Report of the Hyderabad Chloroform Commission
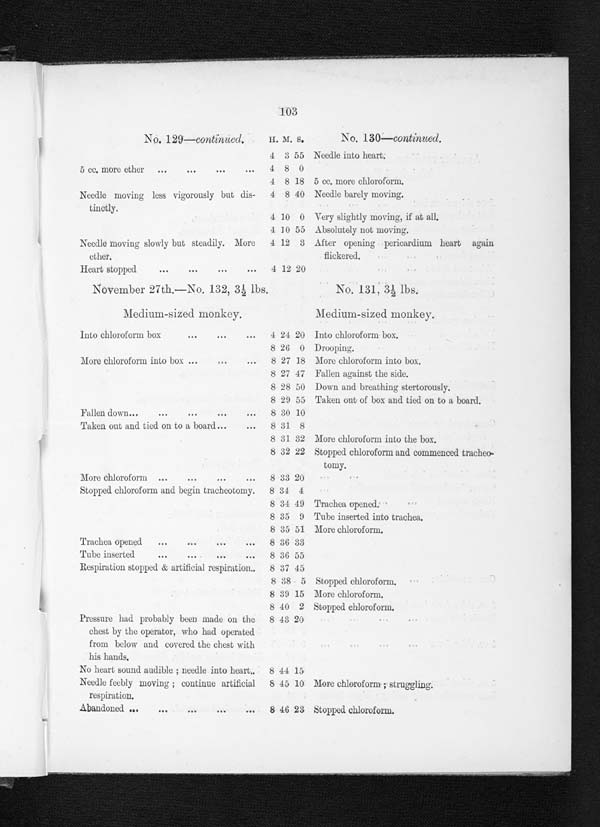
103
No. 129 —continued.
H. M. S.
No. 130—continued.
4 3 55 Needle into heart.
5 cc. more ether ...
...
•••
•••
4 8 0
4 8 18 5 cc. more chloroform.
Needle moving less vigorously but dis-
tinctly.
4 8 40 Needle barely moving.
4 10 0 Very slightly moving, if at all.
4 10 55 Absolutely not moving.
Needle moving slowly but steadily. More
ether,
4 12 3 After opening pericardium heart again
flickered.
Heart stopped
•••
•••
•••
..
4 12 20
November 27th.—No. 132, 3 lbs.
No, 131, 3 1/2 lbs.
Medium-sized monkey.
Medium-sized monkey.
Into chloroform box
4 24 20 Into chloroform box.
8 26 0 Drooping.
More chloroform into box ...
...
8 27 18 More chloroform into box.
8 27 47 Fallen against the side.
8 28 50
Down and breathing stertorously.
8 29 55
Taken out of box and tied on to a board.
Fallen down...
...
...
... 8 30 10
Taken out and tied on to a board...
... 8 31 8
8 31 32 More chloroform into the box.
8 32 22 Stopped chloroform and commenced tracheo-
tomy.
More chloroform ...
...
...
... 8 33 20
Stopped chloroform and begin tracheotomy. 8 :34 4
8 34 49 Trachea opened.
8 35 9 Tube inserted into trachea.
8 35 51 More chloroform.
Trachea opened
....
...
8 36 33
Tube inserted
...
...
...
...
8 36 53
Respiration stopped & artificial respiration..
8 37 45
8 38 5 Stopped chloroform.
8 39 15 More chloroform.
6 40 2 Stopped chloroform.
Pressure had probably been made on the
chest by the operator, who had operated
from below and covered the chest with
his hands.
8 13 20
No heart sound audible ; needle into heart..
8 44 15
Needle feebly moving ; continue artificial
respiration.
8 45 10 More chloroform ; struggling.
Abandoned ...
...
...
...
8
46 23 Stopped chloroform.